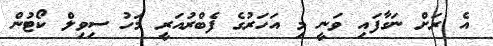
އެ ރަށް ނަގާފައި ވަނީ މި އަހަރުގެ ފެބްރުއަރީ މަހު ސިވިލް ކޯޓުން